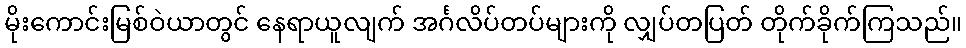
မိုးကောင်းမြစ်ဝဲယာတွင် နေရာယူလျက် အင်္ဂလိပ်တပ်များကို လျှပ်တပြတ် တိုက်ခိုက်ကြသည်။